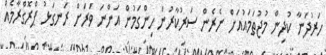
ހަރުދަނާ ކުދިން މުޖުތަމައުއަށް ނެރެން ސަރުކާރުން ހިންގަމުން އަންނަ ވަރަށް ރަނގަޅު ޕްރޮގްރާމެއް